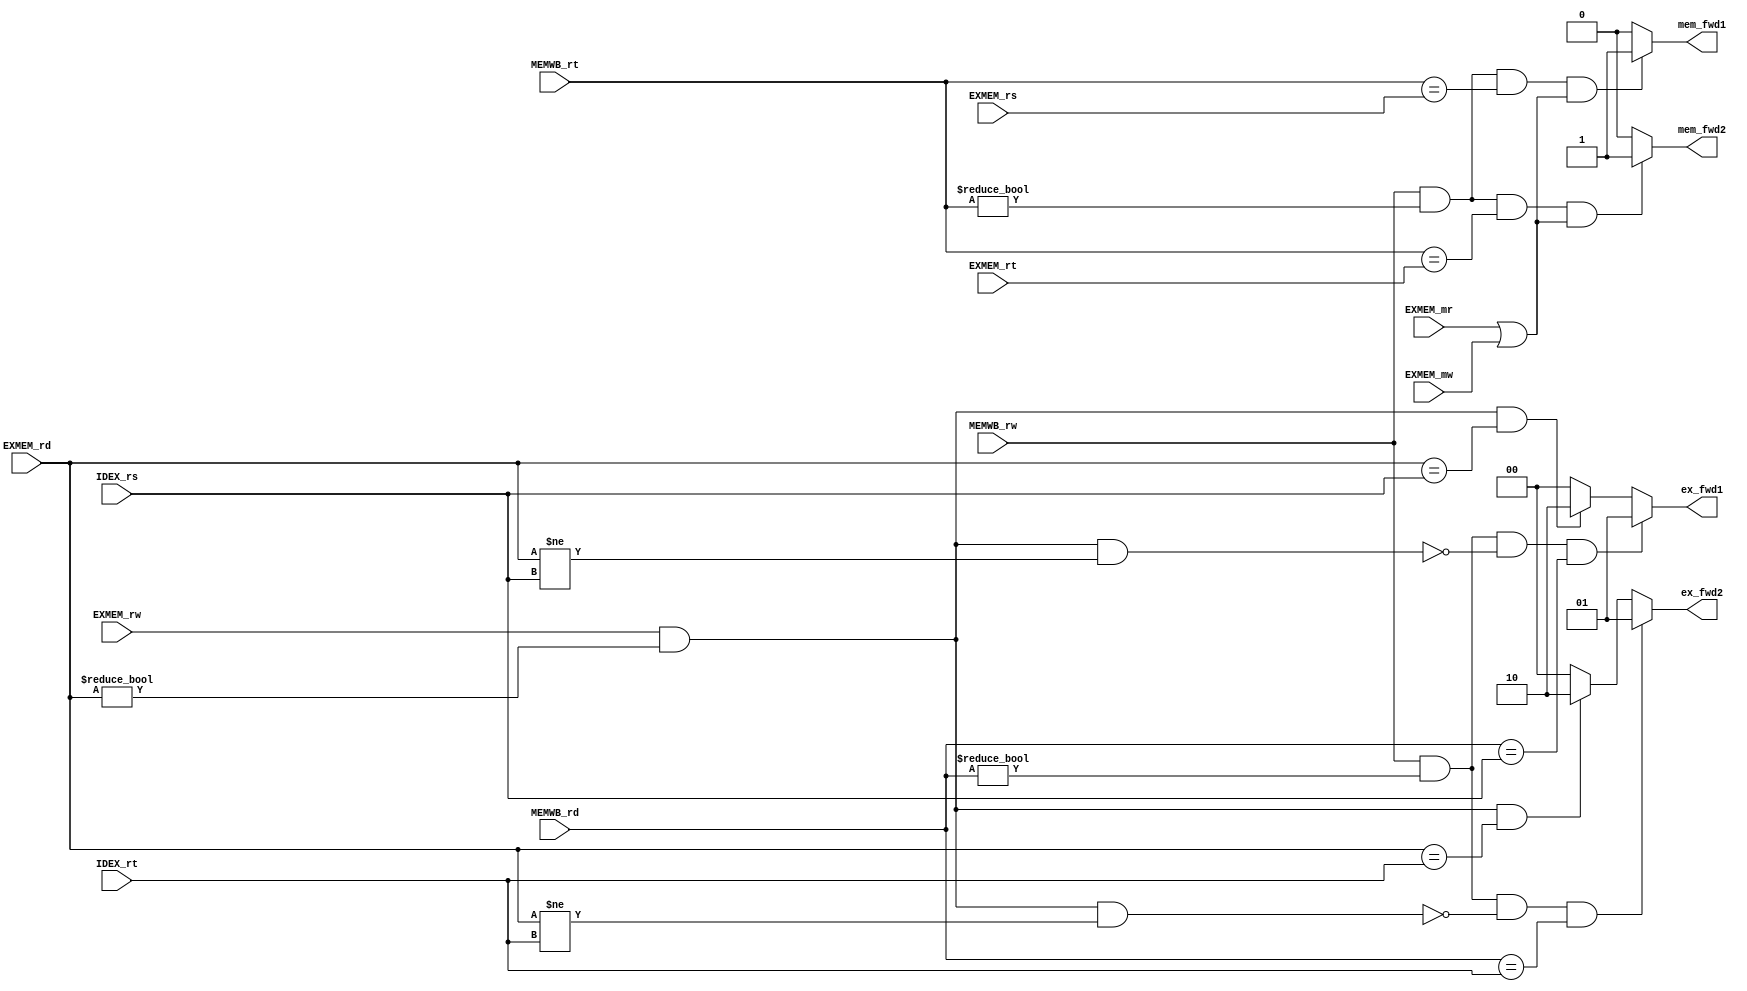
module ForwardingUnit(input [3:0] IDEX_rs, input [3:0] IDEX_rt, input [3:0] EXMEM_rd, input EXMEM_rw, 
	input MEMWB_rw, input [3:0] MEMWB_rt, input [3:0] MEMWB_rd, input [3:0] EXMEM_rs, input [3:0] EXMEM_rt, input EXMEM_mr, input EXMEM_mw,
	output [1:0] ex_fwd1, output [1:0] ex_fwd2, output mem_fwd1, output mem_fwd2);
	
	wire [1:0] extoex1, extoex2;
	
	assign extoex1 = (EXMEM_rw && (EXMEM_rd != 4'b0000) && (EXMEM_rd == IDEX_rs)) ? 2'b10 : 2'b00;
	assign extoex2 = (EXMEM_rw && (EXMEM_rd != 4'b0000) && (EXMEM_rd == IDEX_rt)) ? 2'b10 : 2'b00;
	
	assign ex_fwd1 = (MEMWB_rw && (MEMWB_rd != 4'b0000) && ~(EXMEM_rw && (EXMEM_rd != 4'b0000) && (EXMEM_rd != IDEX_rs)) && (MEMWB_rd == IDEX_rs)) ? 2'b01 : extoex1;
	assign ex_fwd2 = (MEMWB_rw && (MEMWB_rd != 4'b0000) && ~(EXMEM_rw && (EXMEM_rd != 4'b0000) && (EXMEM_rd != IDEX_rt)) && (MEMWB_rd == IDEX_rt)) ? 2'b01 : extoex2;
	
	assign mem_fwd1 = (MEMWB_rw && (MEMWB_rt != 4'b0000) && (MEMWB_rt == EXMEM_rs) && (EXMEM_mr || EXMEM_mw) ) ? 1'b1 : 1'b0;
	assign mem_fwd2 = (MEMWB_rw && (MEMWB_rt != 4'b0000) && (MEMWB_rt == EXMEM_rt) && (EXMEM_mr || EXMEM_mw) ) ? 1'b1 : 1'b0;
endmodule